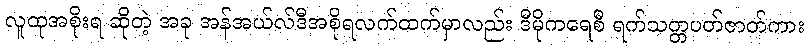
လူထုအစိုးရ ဆိုတဲ့ အခု အန်အယ်လ်ဒီအစိုရလက်ထက်မှာလည်း ဒီမိုကရေစီ ရက်သတ္တပတ်ဇာတ်ကား